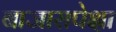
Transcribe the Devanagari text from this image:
बाजारापेक्षा